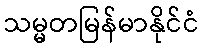
သမ္မတမြန်မာနိုင်ငံ